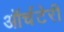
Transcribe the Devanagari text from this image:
ऑर्चटेरी